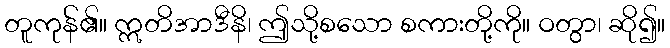
တူကုန်၏။ ဣတိအာဒီနိ၊ ဤသို့စသော စကားတို့ကို။ ဝတွာ၊ ဆို၍။